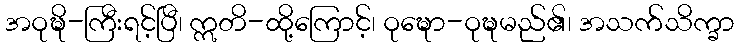
အဝုဍ္ဎိ-ကြီးရင့်ပြီ၊ ဣတိ-ထို့ကြောင့်၊ ဝုဍ္ဎော-ဝုဍ္ဎမည်၏၊ အသက်သိက္ခာ